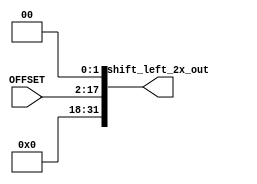
module shift_left_2x_(
            input wire [15:0] OFFSET,
            output wire [31:0] shift_left_2x_out
            );

    assign shift_left_2x_out = OFFSET << 2;

endmodule